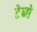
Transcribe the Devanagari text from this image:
टेनो